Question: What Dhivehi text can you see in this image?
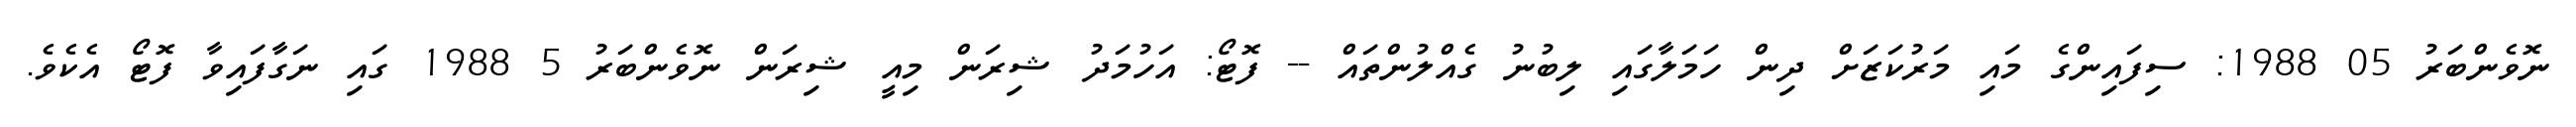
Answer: ނޮވެންބަރު 05 1988: ސިފައިންގެ މައި މަރުކަޒަށް ދިން ހަމަލާގައި ލިބުނު ގެއްލުންތައް -- ފޮޓޯ: އަހުމަދު ޝިރަން މިއީ ޝިރަން ނޮވެންބަރު 5 1988 ގައި ނަގާފައިވާ ފޮޓޯ އެކެވެ.